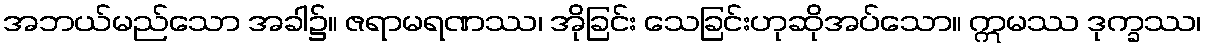
အဘယ်မည်သော အခါ၌။ ဇရာမရဏဿ၊ အိုခြင်း သေခြင်းဟုဆိုအပ်သော။ ဣမဿ ဒုက္ခဿ၊